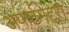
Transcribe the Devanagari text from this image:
अपार्टमेट्स